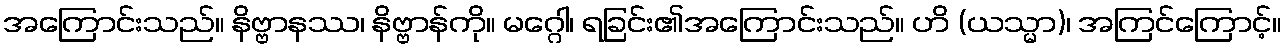
အကြောင်းသည်။ နိဗ္ဗာနဿ၊ နိဗ္ဗာန်ကို။ မဂ္ဂေါ၊ ရခြင်း၏အကြောင်းသည်။ ဟိ (ယသ္မာ)၊ အကြင်ကြောင့်။